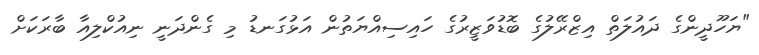
"ޔަހޫދީންގެ ދައުލަތް އިޒްރޭލުގެ ބޮޑުވަޒީރުގެ ހައިސިއްޔަތުން އަޅުގަނޑު މި ގެންދަނީ ނިއުކްލިއާ ބާރަކަށް